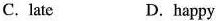
C. late D.happy